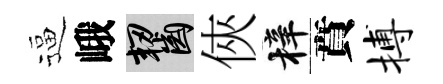
逼峨齧俠梓賁搏